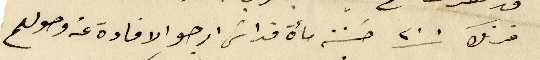
فرنك ٢٠٠ حسنة مأة قداسَ ارجو الافادة عن وصولهم